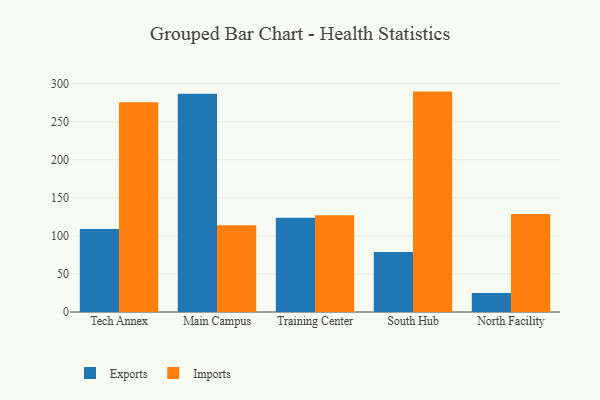
{"axis": {"x": "Campus", "y": "Demand Index"}, "legend": ["Exports", "Imports"], "data": [{"x": "Tech Annex", "y": 108.9, "type": "Exports"}, {"x": "Tech Annex", "y": 275.6, "type": "Imports"}, {"x": "Main Campus", "y": 286.6, "type": "Exports"}, {"x": "Main Campus", "y": 113.9, "type": "Imports"}, {"x": "Training Center", "y": 123.7, "type": "Exports"}, {"x": "Training Center", "y": 127.1, "type": "Imports"}, {"x": "South Hub", "y": 78.9, "type": "Exports"}, {"x": "South Hub", "y": 289.5, "type": "Imports"}, {"x": "North Facility", "y": 24.9, "type": "Exports"}, {"x": "North Facility", "y": 128.7, "type": "Imports"}]}